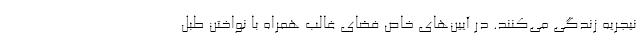
نیجریه زندگی می‌کنند. در آیین‌های خاص فضای غالب همراه با نواختن طبل